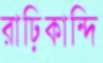
রাঢ়িকান্দি